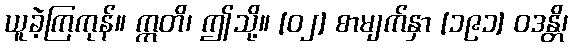
ယူခဲ့ကြကုန်။ ဣတိ၊ ဤသို့။ [၀၂] စာမျက်နှာ [၁၉၁] ဝဒန္တိ၊